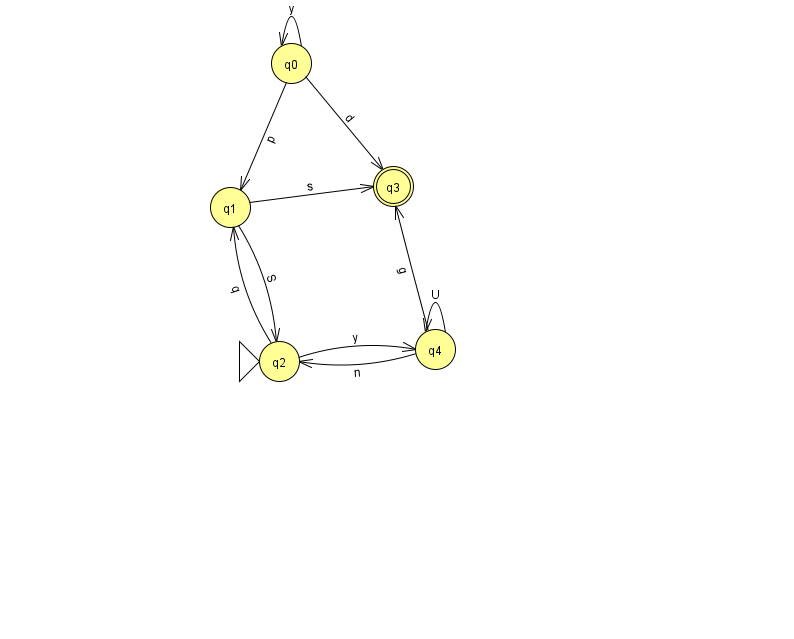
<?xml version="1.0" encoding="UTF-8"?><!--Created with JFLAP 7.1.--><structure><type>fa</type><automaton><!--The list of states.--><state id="0" name="q0"><x>291.0</x><y>50.0</y></state><state id="1" name="q1"><x>230.0</x><y>194.0</y></state><state id="2" name="q2"><x>279.0</x><y>348.0</y><initial/></state><state id="3" name="q3"><x>393.0</x><y>173.0</y><final/></state><state id="4" name="q4"><x>435.0</x><y>336.0</y></state><!--The list of transitions.--><transition><from>2</from><to>1</to><read>q</read></transition><transition><from>1</from><to>2</to><read>S</read></transition><transition><from>0</from><to>3</to><read>d</read></transition><transition><from>4</from><to>4</to><read>U</read></transition><transition><from>0</from><to>0</to><read>y</read></transition><transition><from>2</from><to>4</to><read>y</read></transition><transition><from>4</from><to>3</to><read>g</read></transition><transition><from>0</from><to>1</to><read>p</read></transition><transition><from>4</from><to>2</to><read>n</read></transition><transition><from>1</from><to>3</to><read>s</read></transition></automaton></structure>